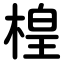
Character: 楻